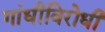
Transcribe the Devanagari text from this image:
गांधीविरोधी